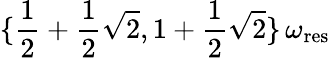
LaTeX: \{ \frac{1}{2}+\frac{1}{2}\sqrt{2},1+\frac{1}{2}\sqrt{2}\} \, \omega_{\mathrm{res}}